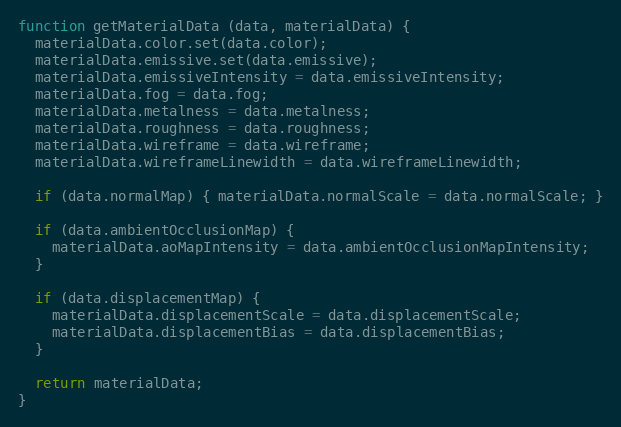
Language: JavaScript
function getMaterialData (data, materialData) {
  materialData.color.set(data.color);
  materialData.emissive.set(data.emissive);
  materialData.emissiveIntensity = data.emissiveIntensity;
  materialData.fog = data.fog;
  materialData.metalness = data.metalness;
  materialData.roughness = data.roughness;
  materialData.wireframe = data.wireframe;
  materialData.wireframeLinewidth = data.wireframeLinewidth;

  if (data.normalMap) { materialData.normalScale = data.normalScale; }

  if (data.ambientOcclusionMap) {
    materialData.aoMapIntensity = data.ambientOcclusionMapIntensity;
  }

  if (data.displacementMap) {
    materialData.displacementScale = data.displacementScale;
    materialData.displacementBias = data.displacementBias;
  }

  return materialData;
}